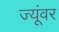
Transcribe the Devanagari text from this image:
ज्यूंवर